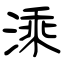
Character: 溗